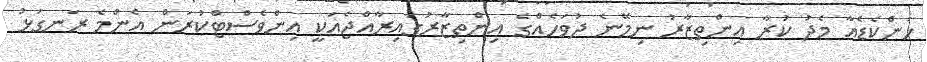
ހަންކެޑެއާ މެދު ކުރާ އިންތިޒާރު ނިމޭނެ ދުވަހެއްގެ އިންތިޒާރުގައިރާއްޖެއަކީ އިންވެސްޓްކުރަން އެންމެ ރަނގަޅު